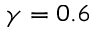
\gamma = 0 . 6